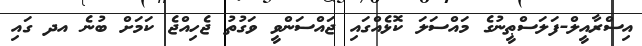
އިސްރާއީލް-ފަލަސްޠީނުގެ މައްސަލަ ކޮޅެއްގައި ޖައްސަންވީ ވަގުތު ޖެހިއްޖެ ކަމަށް ބުނެ އދ ގައި